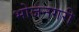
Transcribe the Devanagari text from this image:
भोजनगरी